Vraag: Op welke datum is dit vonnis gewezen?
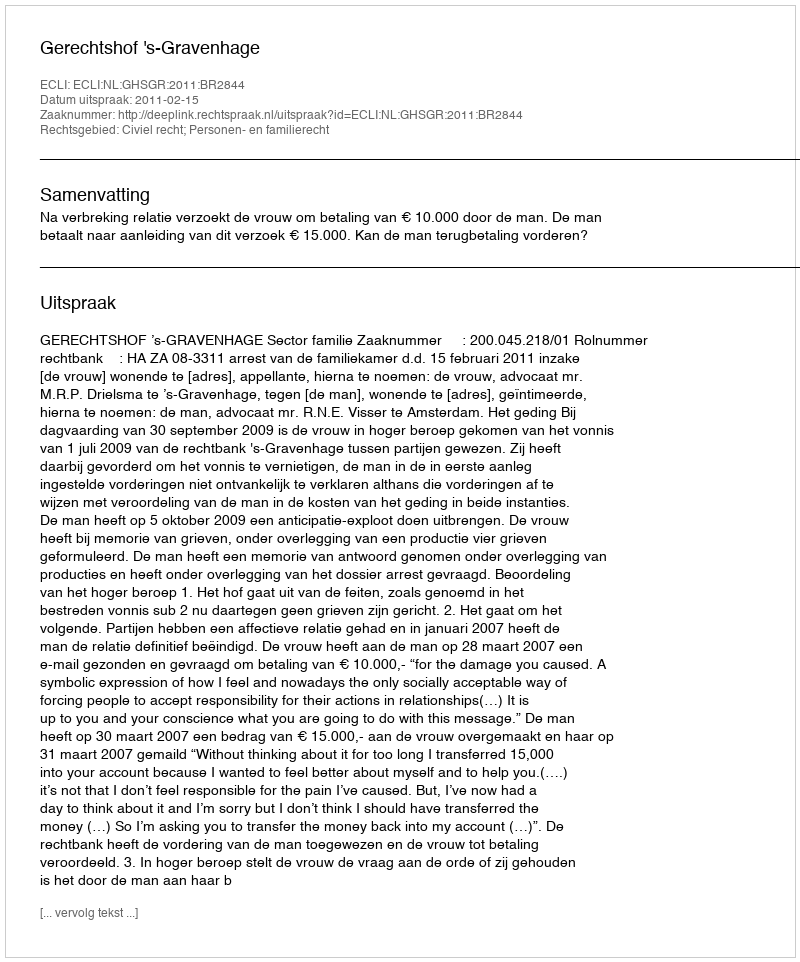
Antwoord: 2011-02-15